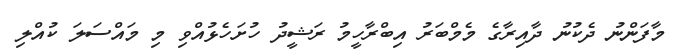
މާފަންނު ދެކުނު ދާއިރާގެ މެމްބަރު އިބްރާހީމު ރަޝީދު ހުށަހެޅުއްވި މި މައްސަލަ ކުއްލި